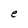
Character: e